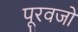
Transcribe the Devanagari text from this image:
पूरवजो